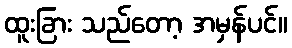
ထူးခြား သည်တော့ အမှန်ပင်။